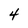
Character: 4